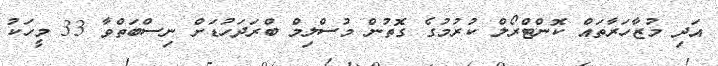
އަދި މުޒާހަރާތައް ކޮންޓްރޯލް ކުރުމުގެ ގޮތުން މުސްލިމް ބްރަދަހުޑަށް ނިސްބަތްވާ 33 މީހަކު